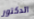
الدكتور